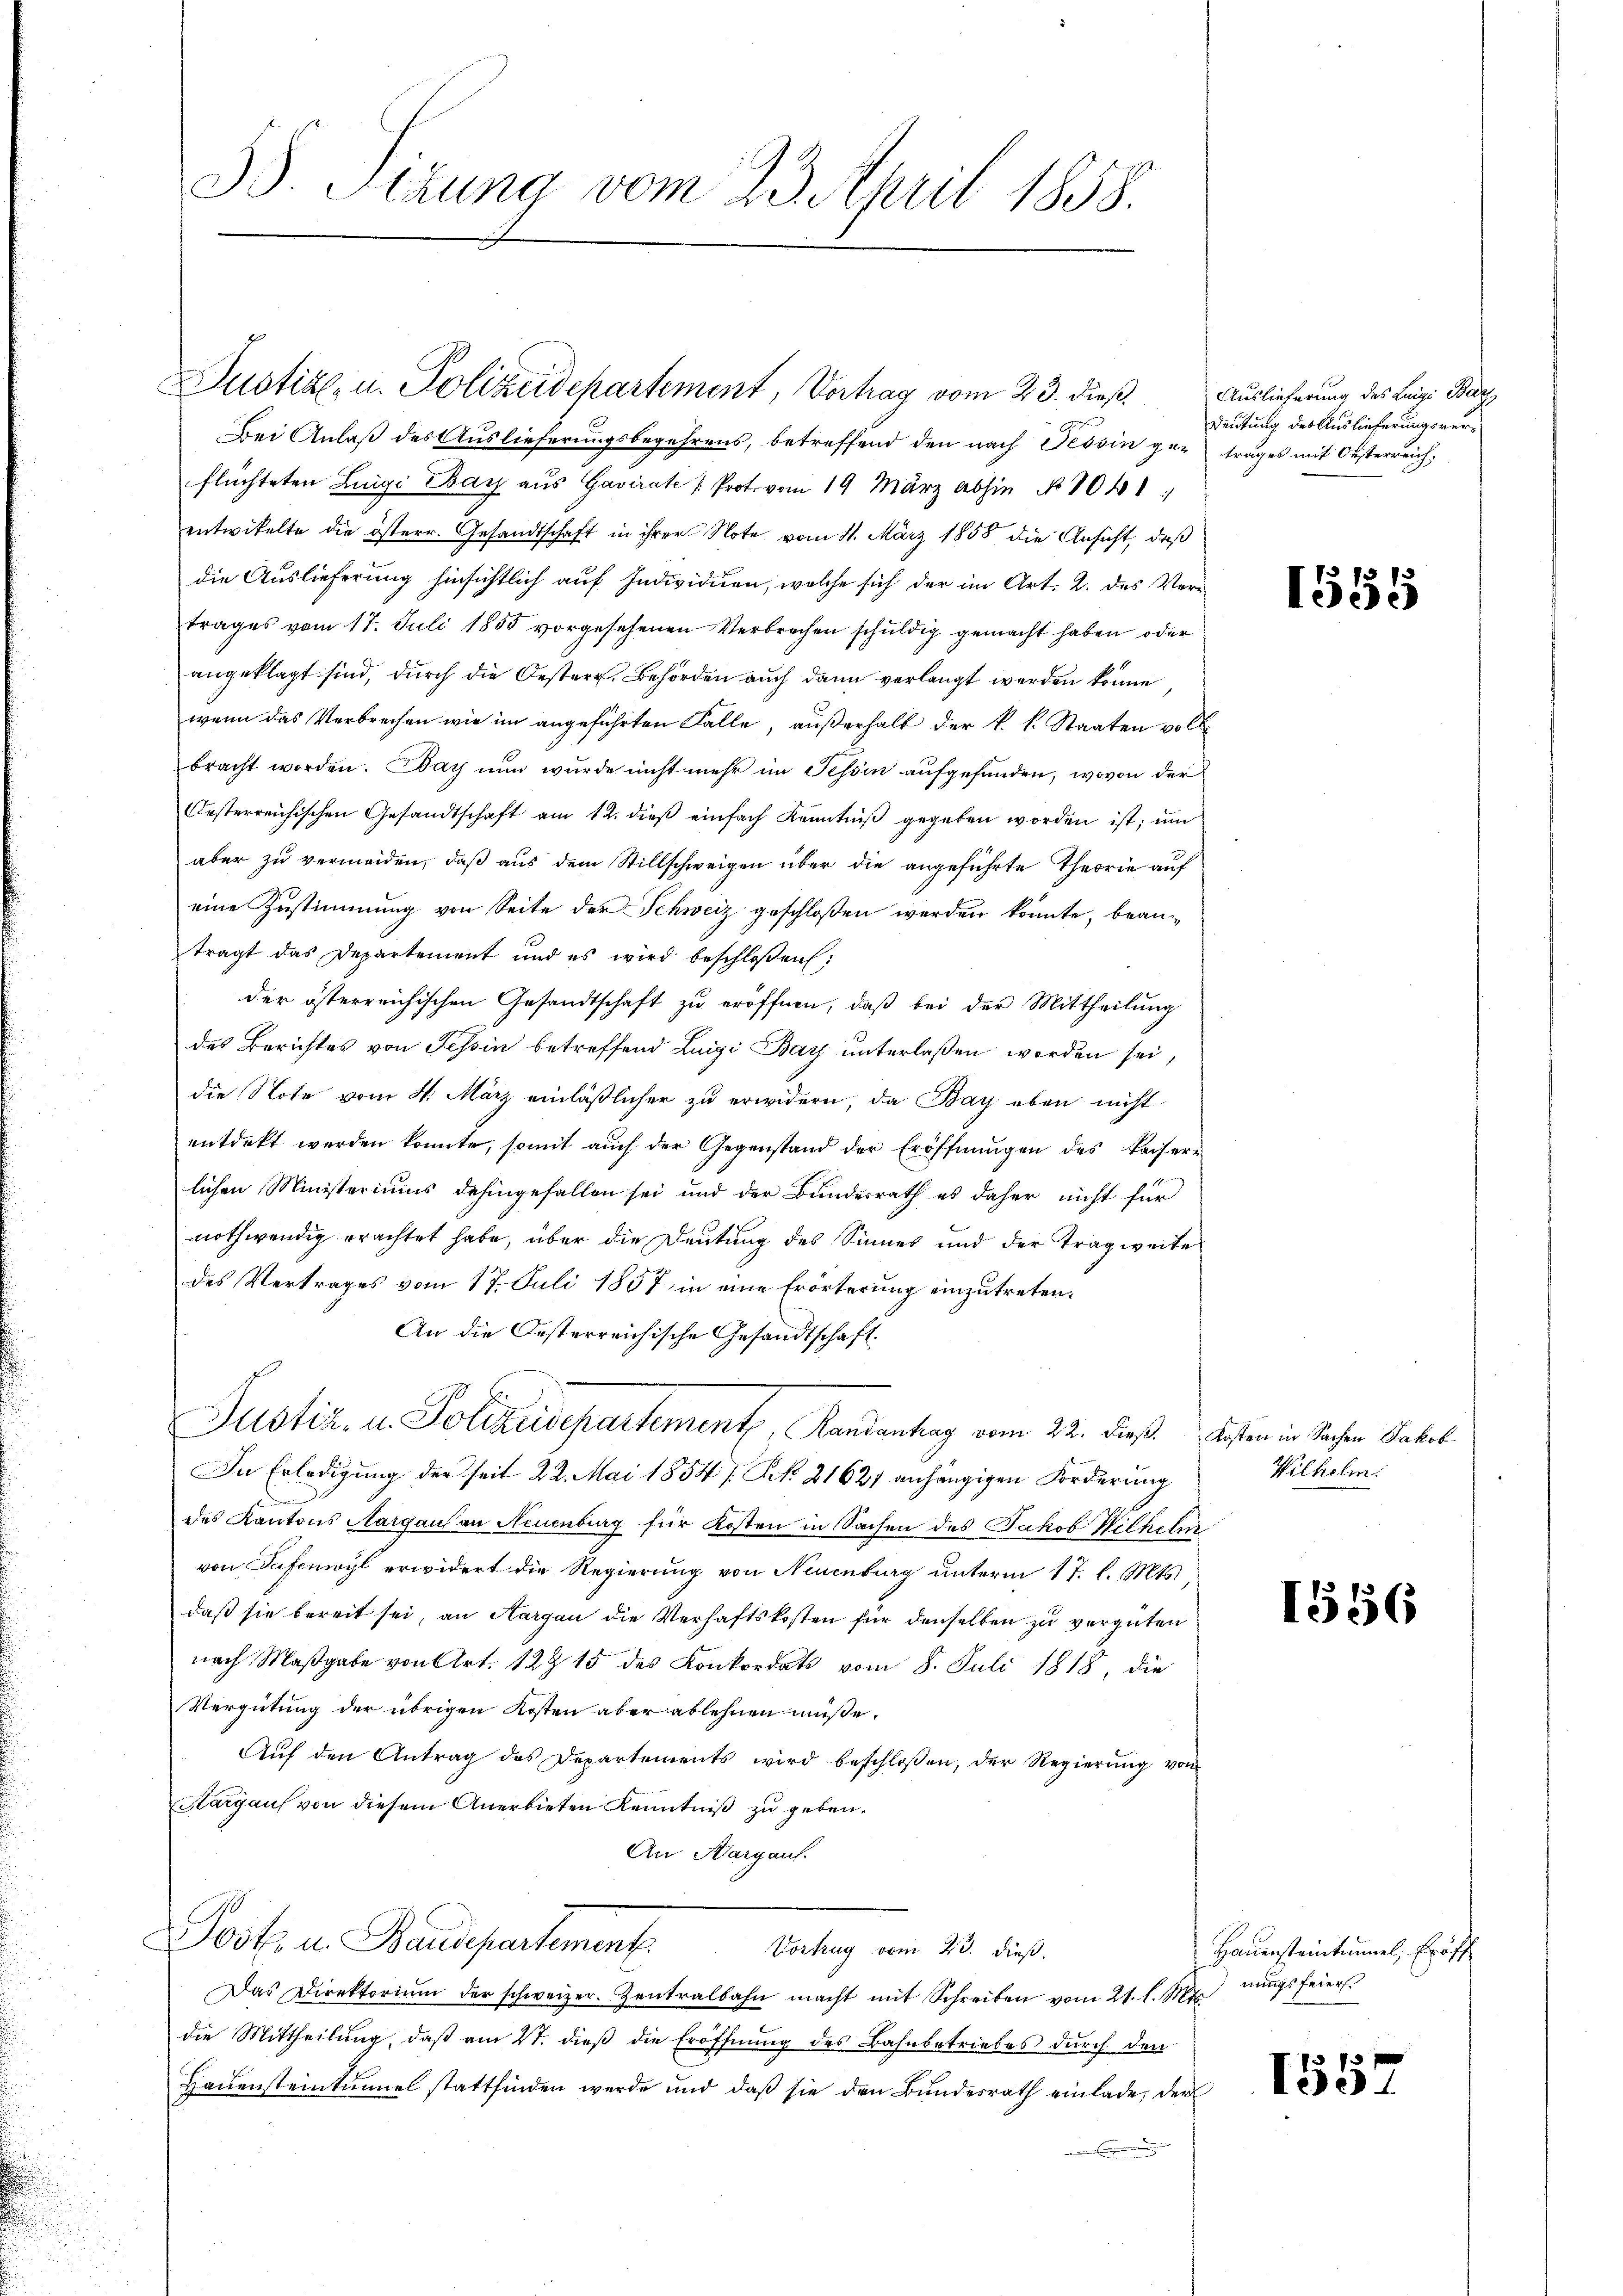
3. Sizung vom 23. April 1858.

Justiz- u. Polizeidchartement, Vertrag vom 23. dieß,
Bei Anlaß des Auslieferungsbegehrens, betreffend den nach Tessin ger trages mit Oesterreich
flüchteten Luigi Bay aus Gavirat Prot. vom 19. März abhin No 1041.
entwickelte die österr. Gesandtschaft in ihrer Note vom 4. März 1858 die Ansicht, daß
die Auslieferung hinsichtlich auf Individuen, welche sich der im Art. 2. das Vertrages vom 17. Juli 1855 vorgesehenen Verbrechen schuldig gemacht haben oder
angeklagt sind, durch die Oesterr. Behörden auch dann verlangt werden könne,
wenn das Verbrechen wir im angeführten Falle, außerhalb der k. k. Staaten vollbracht worden. Bay nun wurde nicht mehr im Tessin aufgefunden, wovon der
Oesterreichischen Gesandtschaft am 12. dieß einfach Kenntniß gegeben worden ist, um
aber zu vermeiden, daß aus dem Stillschweigen über die angeführte Theorie auf
eine Zustimmung von Seite der Schweiz geschloßen werden könnte, beanträgt das Departement und es wird beschloßen:
der österreichischen Gesandtschaft zu eröffnen, daß bei der Mittheilung
des Berichtes von Tessin betreffend Luigi Bay unterlaßen worden sei,
die Note vom 4. März einläßlicher zu erwidern, da Bay eben nicht
entdeckt werden konnte, somit auch der Gegenstand der Eröffnungen des Kaiserlichen Ministeriums dahingefallen sei und der Bundesrath es daher nicht für
nothwendig erachtet habe, über die Deutung des Sinnes und der Tragweite
des Vertrages vom 17. Juli 1857 in eine Erörterung einzutreten.
An die Oesterreichische Gesandtschaft.
Justiz- u. Polizeidepartement, Randantrag vom 22. dieß. Kosten in Sachen Jakob.
In Erledigung der seit 22. Mai 1854 f. Frk. 21627 anhängigen Forderung
des Kantons Aargaus an Neuenburg für Kosten in Sachen des Jakob Wilhelm
von Taferwyl erwidert die Regierung von Neuenburg unterm 17. l. Mts.
daß sie bereit sei, an Aargau die Verhaftskosten für denselben zu vergüten
nach Maßgabe von Art. 129 15 des Konkordats vom 8. Juli 1818, die
Vergütung der übrigen Kosten aber ablehnen müße.
Aŭf den Antrag des Departements wird beschloßen, der Regierŭng von
Margau von diesem Anerbieten Kenntniß zu geben.
An Aargauf.
Post u. Baudepartement
Vortrug vom 23. dieß.
Das Direktorium der schweizer. Zentralbahn macht mit Schreiben vom 21. l. Mts.
die Mittheilung, daß am 21. dieß die Eröffnung des Bahnbetriebes durch den
Hauensteinkammel stattfinden werde und daß sie den Bundesrath einlade, der

Auslieferung des Luigi Baz
Deutung des Auslieferungsver¬

1555

Wilhelm.

1556

Hauensteintummel, Eröff
nungsfeiers.

1557